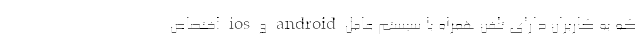
که به کاربران دارای تلفن همراه با سیستم عامل android و ios اختصاص